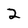
Character: 2